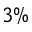
3 \%